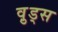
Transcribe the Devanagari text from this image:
व़ुड्स